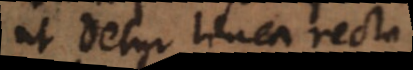
ut detur linea recta